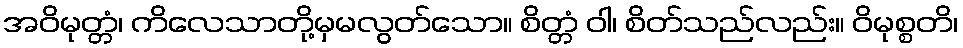
အဝိမုတ္တံ၊ ကိလေသာတို့မှမလွတ်သော။ စိတ္တံ ဝါ၊ စိတ်သည်လည်း။ ဝိမုစ္စတိ၊